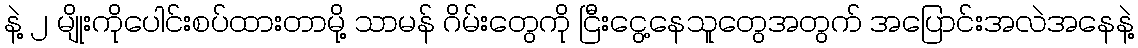
နဲ့ ၂ မျိုးကိုပေါင်းစပ်ထားတာမို့ သာမန် ဂိမ်းတွေကို ငြီးငွေ့နေသူတွေအတွက် အပြောင်းအလဲအနေနဲ့